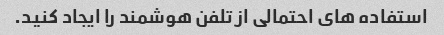
استفاده های احتمالی از تلفن هوشمند را ایجاد کنید.